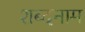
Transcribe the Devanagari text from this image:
शब्दनाम